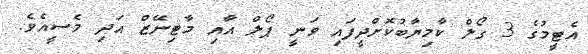
އެޓީމުގެ 3 ގޯލް ކާމިޔާބުކޮށްދީފައި ވަނީ ޕޯލް އާއި މާޓިނޭޒް އަދި މެސީއެވެ.